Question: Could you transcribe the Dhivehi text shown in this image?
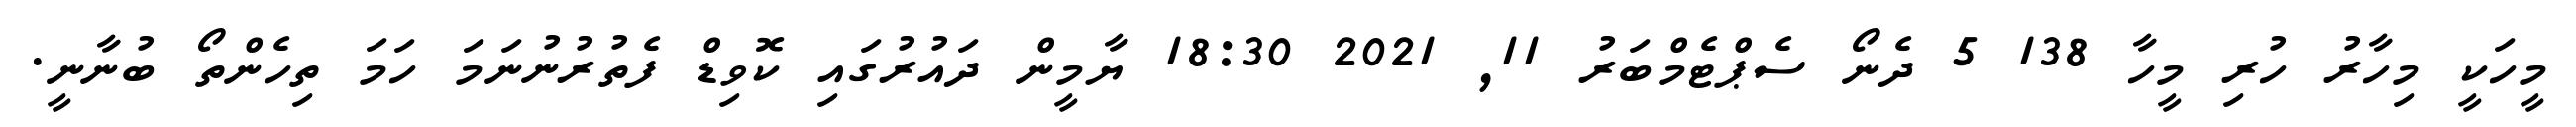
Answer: މީހަކީ މިހާރު ހުރި މީހާ 138 5 ދެނޯ ސެޕްޓެމްބަރު 11, 2021 18:30 ޔާމީން ދައުރުގައި ކޮވިޑް ފެތުރުނުނަމަ ހަމަ ތިހެންތޯ ބުނާނީ.